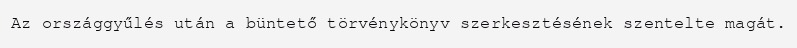
Az országgyűlés után a büntető törvénykönyv szerkesztésének szentelte magát.